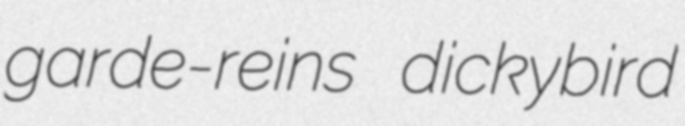
garde-reins dickybird